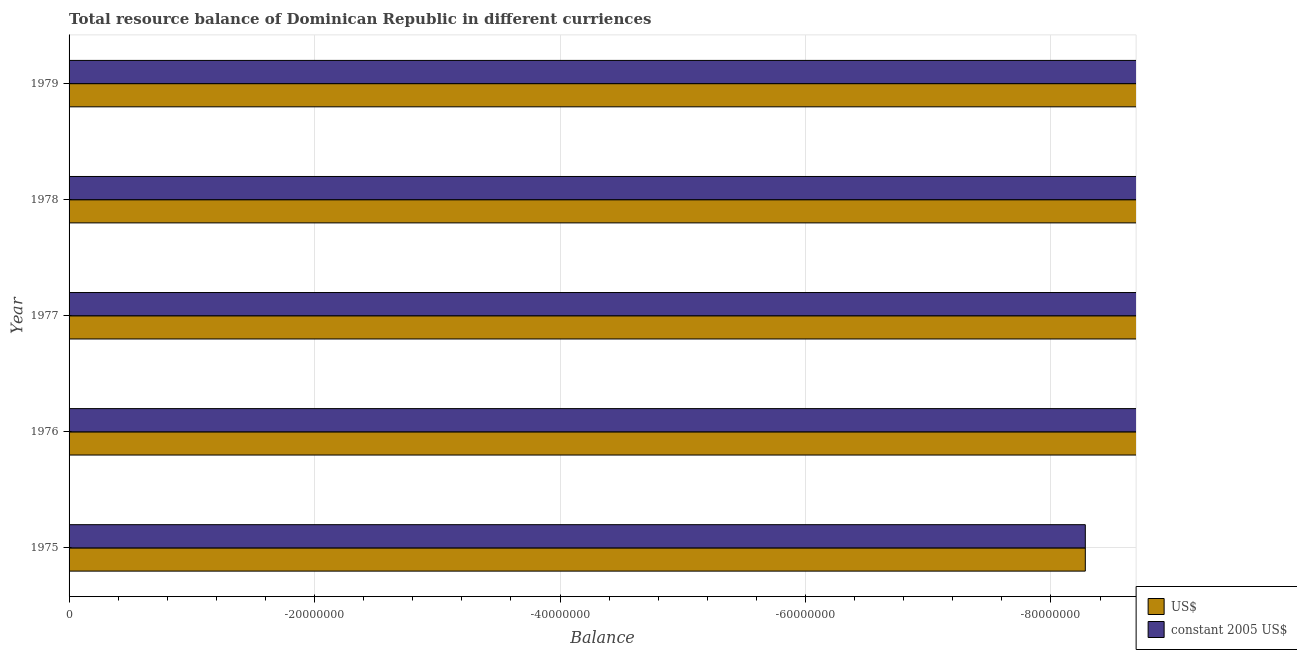
| Year | US$ | constant 2005 US$ |
 | --- | --- | --- |
 | 1975 | -8.28e+07 | -8.28e+07 |
 | 1976 | -2.88e+08 | -2.88e+08 |
 | 1977 | -1.91e+08 | -1.91e+08 |
 | 1978 | -3.26e+08 | -3.26e+08 |
 | 1979 | -3.49e+08 | -3.49e+08 |